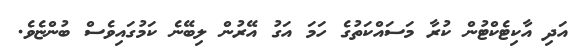
އަދި އާކިޓެކްޓުން ކުރާ މަސައްކަތުގެ ހަމަ އަގު އޭރުން ލިބޭނެ ކަމުގައިވެސް ބުންޏެވެ.